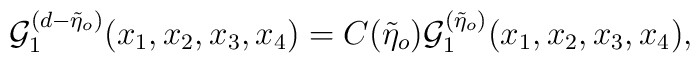
{\cal{G}}_{1}^{(d-\tilde{\eta}_{o})}(x_{1},x_{2},x_{3},x_{4})=C(\tilde{\eta}_{o}){\cal{G}}_{1}^{(\tilde{\eta}_{o})}(x_{1},x_{2},x_{3},x_{4}),